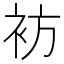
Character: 𫋳